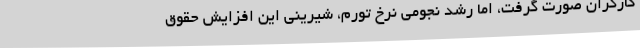
کارگران صورت گرفت، اما رشد نجومی نرخ تورم، شیرینی این افزایش حقوق